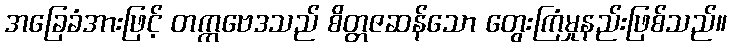
အခြေခံအားဖြင့် တက္ကဗေဒသည် စိတ္တဇဆန်သော တွေးကြံမှုနည်းဖြစ်သည်။